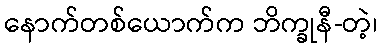
နောက်တစ်ယောက်က ဘိက္ခုနီ-တဲ့၊